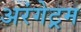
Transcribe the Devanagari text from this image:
अरंगेट्रम